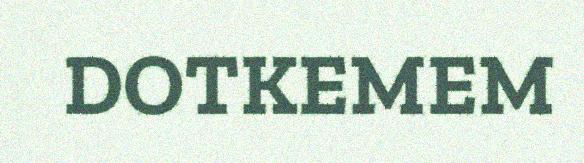
DOTKEMEM